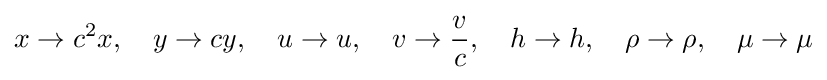
x\rightarrow c^{2}x,\quad y\rightarrow cy,\quad u\rightarrow u,\quad v\rightarrow {\frac {v}{c}},\quad h\rightarrow h,\quad \rho \rightarrow \rho ,\quad \mu \rightarrow \mu